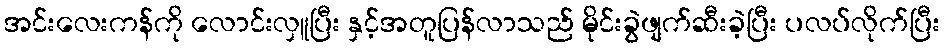
အင်းလေးကန်ကို လောင်းလှူပြီး နှင့်အတူပြန်လာသည် မိုင်းခွဲဖျက်ဆီးခဲ့ပြီး ပလပ်လိုက်ပြီး